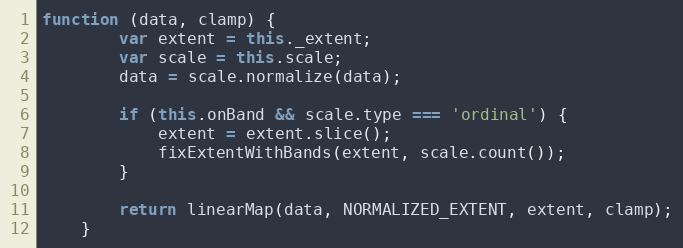
Language: JavaScript
function (data, clamp) {
        var extent = this._extent;
        var scale = this.scale;
        data = scale.normalize(data);

        if (this.onBand && scale.type === 'ordinal') {
            extent = extent.slice();
            fixExtentWithBands(extent, scale.count());
        }

        return linearMap(data, NORMALIZED_EXTENT, extent, clamp);
    }